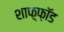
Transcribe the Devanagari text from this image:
शाफ़्फ़ॉड